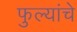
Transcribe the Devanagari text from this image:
फुल्यांचे